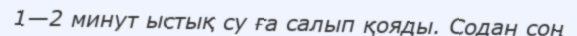
1—2 минут ыстық су ға салып қояды. Содан соң